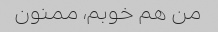
من هم خوبم، ممنون